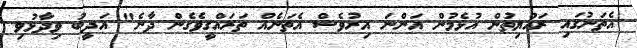
އެތަނުގައި ރައްޔިތުން އުޅެމުން އަންނަ އިރުވެސް އެތަނެއް ތަރައްގީވެގެން ދާނެ" އަދީބު ވިދާޅުވި